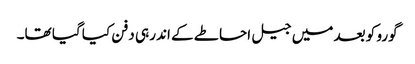
گورو کو بعد میں جیل احاطے کے اندر ہی دفن کیا گیا تھا۔